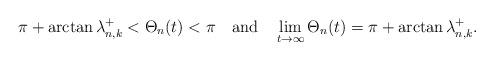
LaTeX: \begin{align*}\pi+\arctan\lambda_{n,k}^+<\Theta_n(t)<\pi\quad\mbox{and}\quad\lim_{t\rightarrow\infty}\Theta_n(t)=\pi+\arctan\lambda_{n,k}^+.\end{align*}